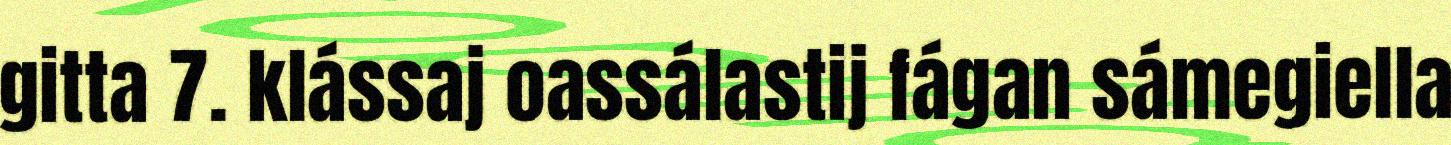
gitta 7. klássaj oassálastij fágan sámegiella